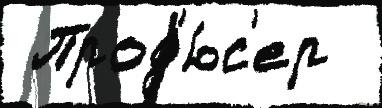
 Прод'ю́с'ер